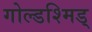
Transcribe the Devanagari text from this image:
गोल्डश्मिड्